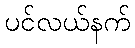
ပင်လယ်နက်